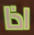
اذا